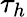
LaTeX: \tau_{h}